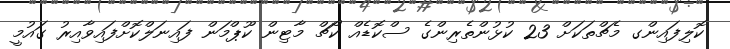
ކޮލިފައިންގ މެޗްތަކަށް 23 ކުޅުންތެރިންގެ ސްކޮޑެއް ކޯޗް މާޓިން ކޫޕްމަން ފައިނަލްކޮށްފައިވާއިރު ގައުމީ